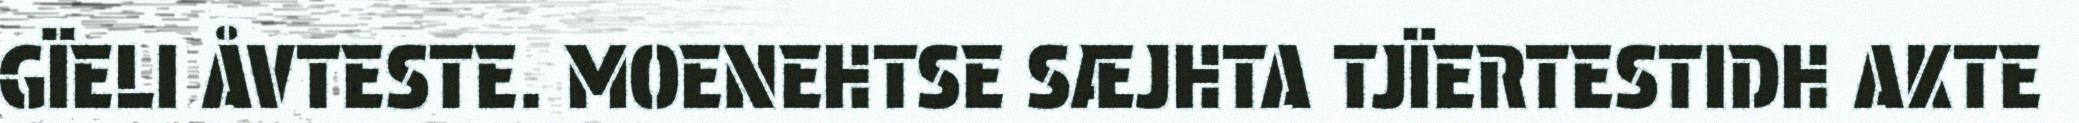
GÏELI ÅVTESTE. MOENEHTSE SÆJHTA TJÏERTESTIDH AKTE